Rangoon Lunatic Asylum 1898-1906 - 1898-1906
Year: 1898
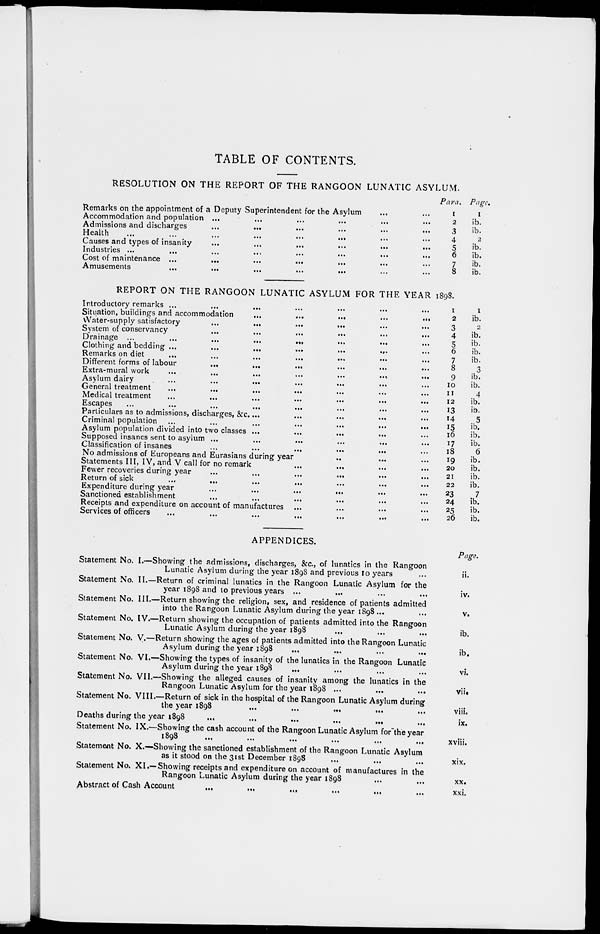
TABLE OF CONTENTS.
RESOLUTION ON THE REPORT OF THE RANGOON LUNATIC ASYLUM.
Remarks on the appointment of a Deputy Superintendent for the Asylum ... ...
Accommodation and population ... ... ... ... ... ...
Admissions and discharges
...
...
...
...
...
...
Health
...
...
...
...
...
...
Causes and types of insanity
...
...
...
...
...
...
Industries ... ... ... ... ... ... ... ...
Cost of maintenance ...
... ... ... ... ... ...
Amusements
...
...
...
...
...
Para.
1
2
3
4
5
6
7
8
Page.
1
ib.
ib.
2
ib.
ib.
ib.
ib.
REPORT ON THE RANGOON LUNATIC ASYLUM FOR THE YEAR 1898.
Introductory remarks ...
...
... ... ... ...
Situation, buildings and accommodation
...
...
...
...
...
Water-supply satisfactory
...
...
...
...
...
...
System of conservancy ... ... ... ... ... ...
Drainage ...
...
...
...
...
...
...
...
Clothing and bedding ...
...
...
...
...
...
Remarks on diet ... ... ... ... ... ... ...
Different forms of labour
...
...
...
...
...
...
Extra-mural work
...
...
...
...
...
...
Asylum dairy
...
...
... ... ... ...
General treatment ... ... ... ... ... ... ...
Medical treatment ... ... ... ... ... ... ...
Escapes
...
...
...
...
...
...
...
...
Particulars as to admissions, discharges, &c. ... ... ... ... ...
Criminal population ...
...
...
...
...
...
...
Asylum population divided into two classes ...
...
... ... ...
Supposed insanes sent to asylum ... ... ... ... ... ...
Classification of insanes
...
...
...
...
...
No admissions of Europeans and Eurasians during year ... ... ... ... ... ...
Statements III, IV, and V call for no remark ... ... ... ...
Fewer recoveries during year
...
...
...
...
Return of sick ... ... ... ... ... ...
Expenditure during year
...
...
... ... ... ...
Sanctioned establishment ... ... ... ... ... ...
Receipts and expenditure on account of manufactures ... ... ... ...
Services of officers ... ... ... ... ... ... ...
1
2
3
4
5
6
7
8
9
10
11
12
13
14
15
16
17
18
19
20
21
22
23
24
25
26
1
ib.
2
ib.
ib.
ib.
ib.
3
ib.
ib.
4
ib.
ib.
5
ib.
ib.
ib.
6
ib.
ib.
ib.
ib.
7
ib.
ib.
ib.
APPENDICES.
Statement No.
Statement No.
Statement No.
Statement No.
Statement No.
Statement No.
Statement No.
Statement No.
I.—Showing the admissions, discharges, &c., of lunatics in the Rangoon
Lunatic Asylum during the year 1898 and previous 10 years
II.—Return of criminal lunatics in the Rangoon Lunatic Asylum for the
year 1898 and 10 previous years ... ... ... ...
III.—Return showing the religion, sex, and residence of patients admitted
into the Rangoon Lunatic Asylum during the year 1898 ... ...
IV.—Return showing the occupation of patients admitted into the Rangoon
Lunatic Asylum during the year 1898 ... ... ...
V.—Return showing the ages of patients admitted into the Rangoon Lunatic
Asylum during the year 1898 ... ... ...
VI.—Showing the types of insanity of the lunatics in the Rangoon Lunatic
Asylum during the year 1898 ... ... ... ...
VII.—Showing the alleged causes of insanity among the lunatics in the
Rangoon Lunatic Asylum for the year 1898 ...
VIII.—Return of sick in the hospital of the Rangoon Lunatic Asylum during
the year 1898
...
...
...
...
Deaths during the year 1898
...
...
...
...
...
Statement No.
Statement No.
Statement No.
IX.—Showing the cash account of the Rangoon Lunatic Asylum for the year
1898
...
...
...
...
...
...
X.—Showing the sanctioned establishment of the Rangoon Lunatic Asylum
as it stood on the 31st December 1898 ... ... ...
XI.—Showing receipts and expenditure on account of manufactures in the
Rangoon Lunatic Asylum during the year 1898 ... ...
Abstract of Cash Account ... ... ... ... ... ...
Page.
ii.
iv.
v.
ib.
ib.
vi.
vii.
viii.
ix.
xviii.
xix.
xx.
xxi.